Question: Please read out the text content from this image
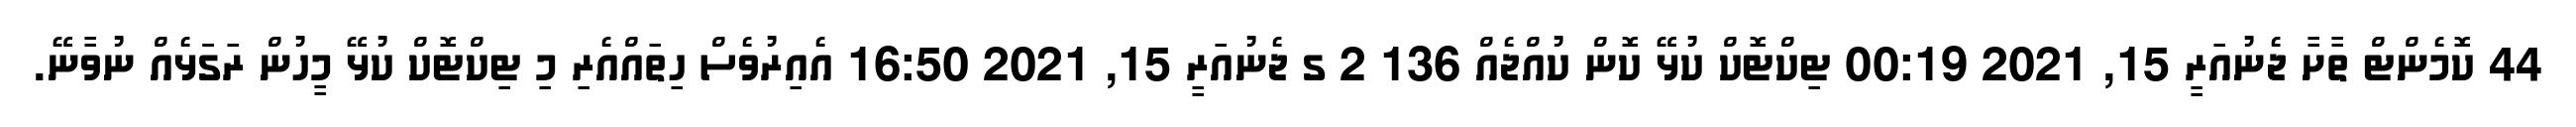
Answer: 44 ކޮމެންޓް ތާށާ ޖެނުއަރީ 15, 2021 00:19 ޓިކްޓޮކް ކުޅޭ ކޮން ކުއްޖެއް 136 2 ގ ޖެނުއަރީ 15, 2021 16:50 އެއިރުވެސް ހިތައްއެރި މި ޓިކްޓޮކް ކުޅޭ މީހުން ރަގަަޅެއް ނުވާނޭ.